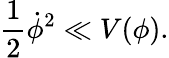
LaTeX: \frac{1}{2}{\dot{\phi}}^{2}\ll V(\phi).